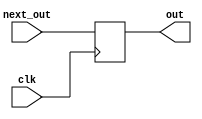
`define INIT	3'b111
`define GET_N	3'b000
`define GET_R	3'b001
`define READ_A	3'b010
`define READ_X	3'b011
`define READ_B	3'b100
`define WRITE_Y	3'b101

module DFF (clk, next_out, out);
    parameter n = 1;
    input clk;
    input [n-1:0] next_out;
    output reg [n-1:0] out;
    always@(posedge clk) begin
        out <= next_out;
    end
endmodule

module MO(clk, reset, in_data, i, j, opcode, out_data, fin);
	input clk, reset;
	input [9:0] in_data;
	output fin;
	output [2:0] opcode;
	output [9:0] i, j;
	output [19:0] out_data;
	
	wire [2:0]	state, next_state, next_opcode;
	wire [19:0]	sum, next_sum;
	wire [9:0]	row, next_row, col, next_col;
	wire [9:0]	rA, rX, rB, next_rA, next_rX, next_rB;
	wire [9:0]	m_n, m_r, next_m_n, next_m_r;
	wire [9:0]	counter, next_counter;
	wire 		idx, next_idx;
	wire [9:0]	X_col, next_X_col;
	wire [19:0]	rP, next_rP;
	
	reg  [9:0] next_state1;
	
	DFF	#(3)	DFF0(clk, next_state, state);
	DFF #(20)	DFF1(clk, next_sum, sum);
	DFF #(10)	DFF2(clk, next_row, row);
	DFF #(10)	DFF3(clk, next_col, col);
	DFF #(10)	DFF4(clk, next_rA, rA);
	DFF #(10)	DFF5(clk, next_rX, rX);
	DFF #(10)	DFF6(clk, next_rB, rB);
	DFF #(20)	DFF7(clk, next_rP, rP);
	DFF #(10)	DFF8(clk, next_m_n, m_n);
	DFF #(10)	DFF9(clk, next_m_r, m_r);
	DFF #(10)	DFF10(clk, next_counter, counter);
	DFF #(1)	DFF11(clk, next_idx, idx);
	DFF #(10)	DFF12(clk, next_X_col, X_col);
	DFF #(3)	DFF13(clk, next_opcode, opcode);
	
	assign next_m_n	= (state == `INIT)? 10'b0 : 
					  (state == `GET_N)? in_data : m_n;
	assign next_m_r = (state == `INIT)? 10'b0 : 
					  (state == `GET_R)? in_data : m_r;
	assign next_rA	= (state == `INIT)? 10'b0 : 
					  (state == `WRITE_Y)? 10'b0 : 
					  (state == `READ_A)? in_data : rA;
	assign next_rX	= (state == `INIT)? 10'b0 : 
					  (state == `WRITE_Y)? 10'b0 :
					  (state == `READ_X)? in_data : rX;
	assign next_rB	= (state == `INIT)? 10'b0 : 
					  (state == `WRITE_Y)? 10'b0 :
					  (state == `READ_B)? in_data : rB;
	assign next_rP	= (state == `INIT)? 20'b0 : 
					  (state == `READ_X)? rA:
					  (state == `WRITE_Y)? 20'b0 : rP;
	assign next_idx	= (state == `INIT)? 1'b0 : 
					  (state == `READ_A)? 1'b1 :
					  (state == `READ_X)? 1'b0 : 
					  (state == `WRITE_Y)? 1'b0 : idx;
	assign next_counter = (state == `INIT)? 10'b0 : 
					  (state == `WRITE_Y)? 10'b0 : 
					  (state == `READ_A)? counter + 10'b1 :
					  (state == `READ_X)? (counter == 2*m_r-1)? 10'b0 : 
					  counter + 10'b1 : counter;
	assign next_row	= (state == `INIT)? 10'b0 : 
					  (state == `WRITE_Y)? (X_col == m_n-10'b1)? row + 10'b1 :
					  row : row;
	assign next_col = (state == `INIT)? 10'b0 : 
					  (state == `READ_X)? col + 10'b1 : 
					  (state == `WRITE_Y)? 10'b0 : col;
	assign next_X_col = (state == `INIT)? 10'b0 : 
					  (state == `WRITE_Y)? (X_col == m_n-10'b1)? 10'b0 : 
					  X_col + 10'b1 : X_col;
	assign next_sum = (state == `INIT)? 20'b0 : 
					  (state == `READ_A)? sum + rP*rX: 
					  (state == `READ_B)? sum + rP*rX:
					  (state == `WRITE_Y)? 20'b0 :
					  sum;
	
	always@(*)begin	// next_state
		case(state)
			`INIT: next_state1 = `GET_N;
			`GET_N: next_state1 = `GET_R;
			`GET_R:	next_state1 = `READ_A;
			`READ_A: next_state1 = `READ_X;
			`READ_X: next_state1 = (counter == 2*m_r-10'b1)? `READ_B : `READ_A;
			`READ_B: next_state1 = `WRITE_Y;
			`WRITE_Y: next_state1 = `READ_A;
			default: next_state1 = `INIT;
		endcase
	end

	assign next_opcode = (reset == 1'b0)? `GET_N : next_state1;
	assign next_state = (reset == 1'b0)? `INIT : next_state1;
	assign fin = (state == `READ_A  && row == m_n)? 1'b1 : 1'b0;
	assign i = (state == `READ_B)?row :(idx == 1'b0)? row : col;
	assign j = (state == `READ_B)?X_col :(idx == 1'b0)? col : X_col;
	assign out_data = sum + rB;//sum;

endmodule